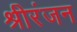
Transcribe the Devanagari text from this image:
श्रीरंजन